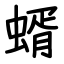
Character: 蝑